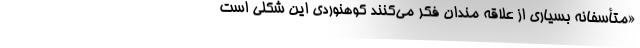
«متأسفانه بسیاری از علاقه مندان فکر می‌کنند کوهنوردی این شکلی است